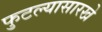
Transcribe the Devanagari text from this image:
फुटल्यासारखे